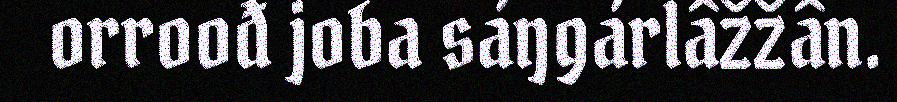
orroođ joba sáŋgárlâžžân.